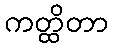
ကတ္ထိတာ